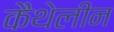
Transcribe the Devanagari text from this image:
कैथेलीन